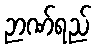
ဉာဏ်ရည်